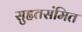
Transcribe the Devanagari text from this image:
सुहृतसंमित